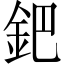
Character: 鈀